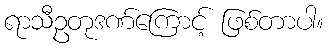
ရာသီဥတုဒဏ်ကြောင့် ဖြစ်တာပါ။